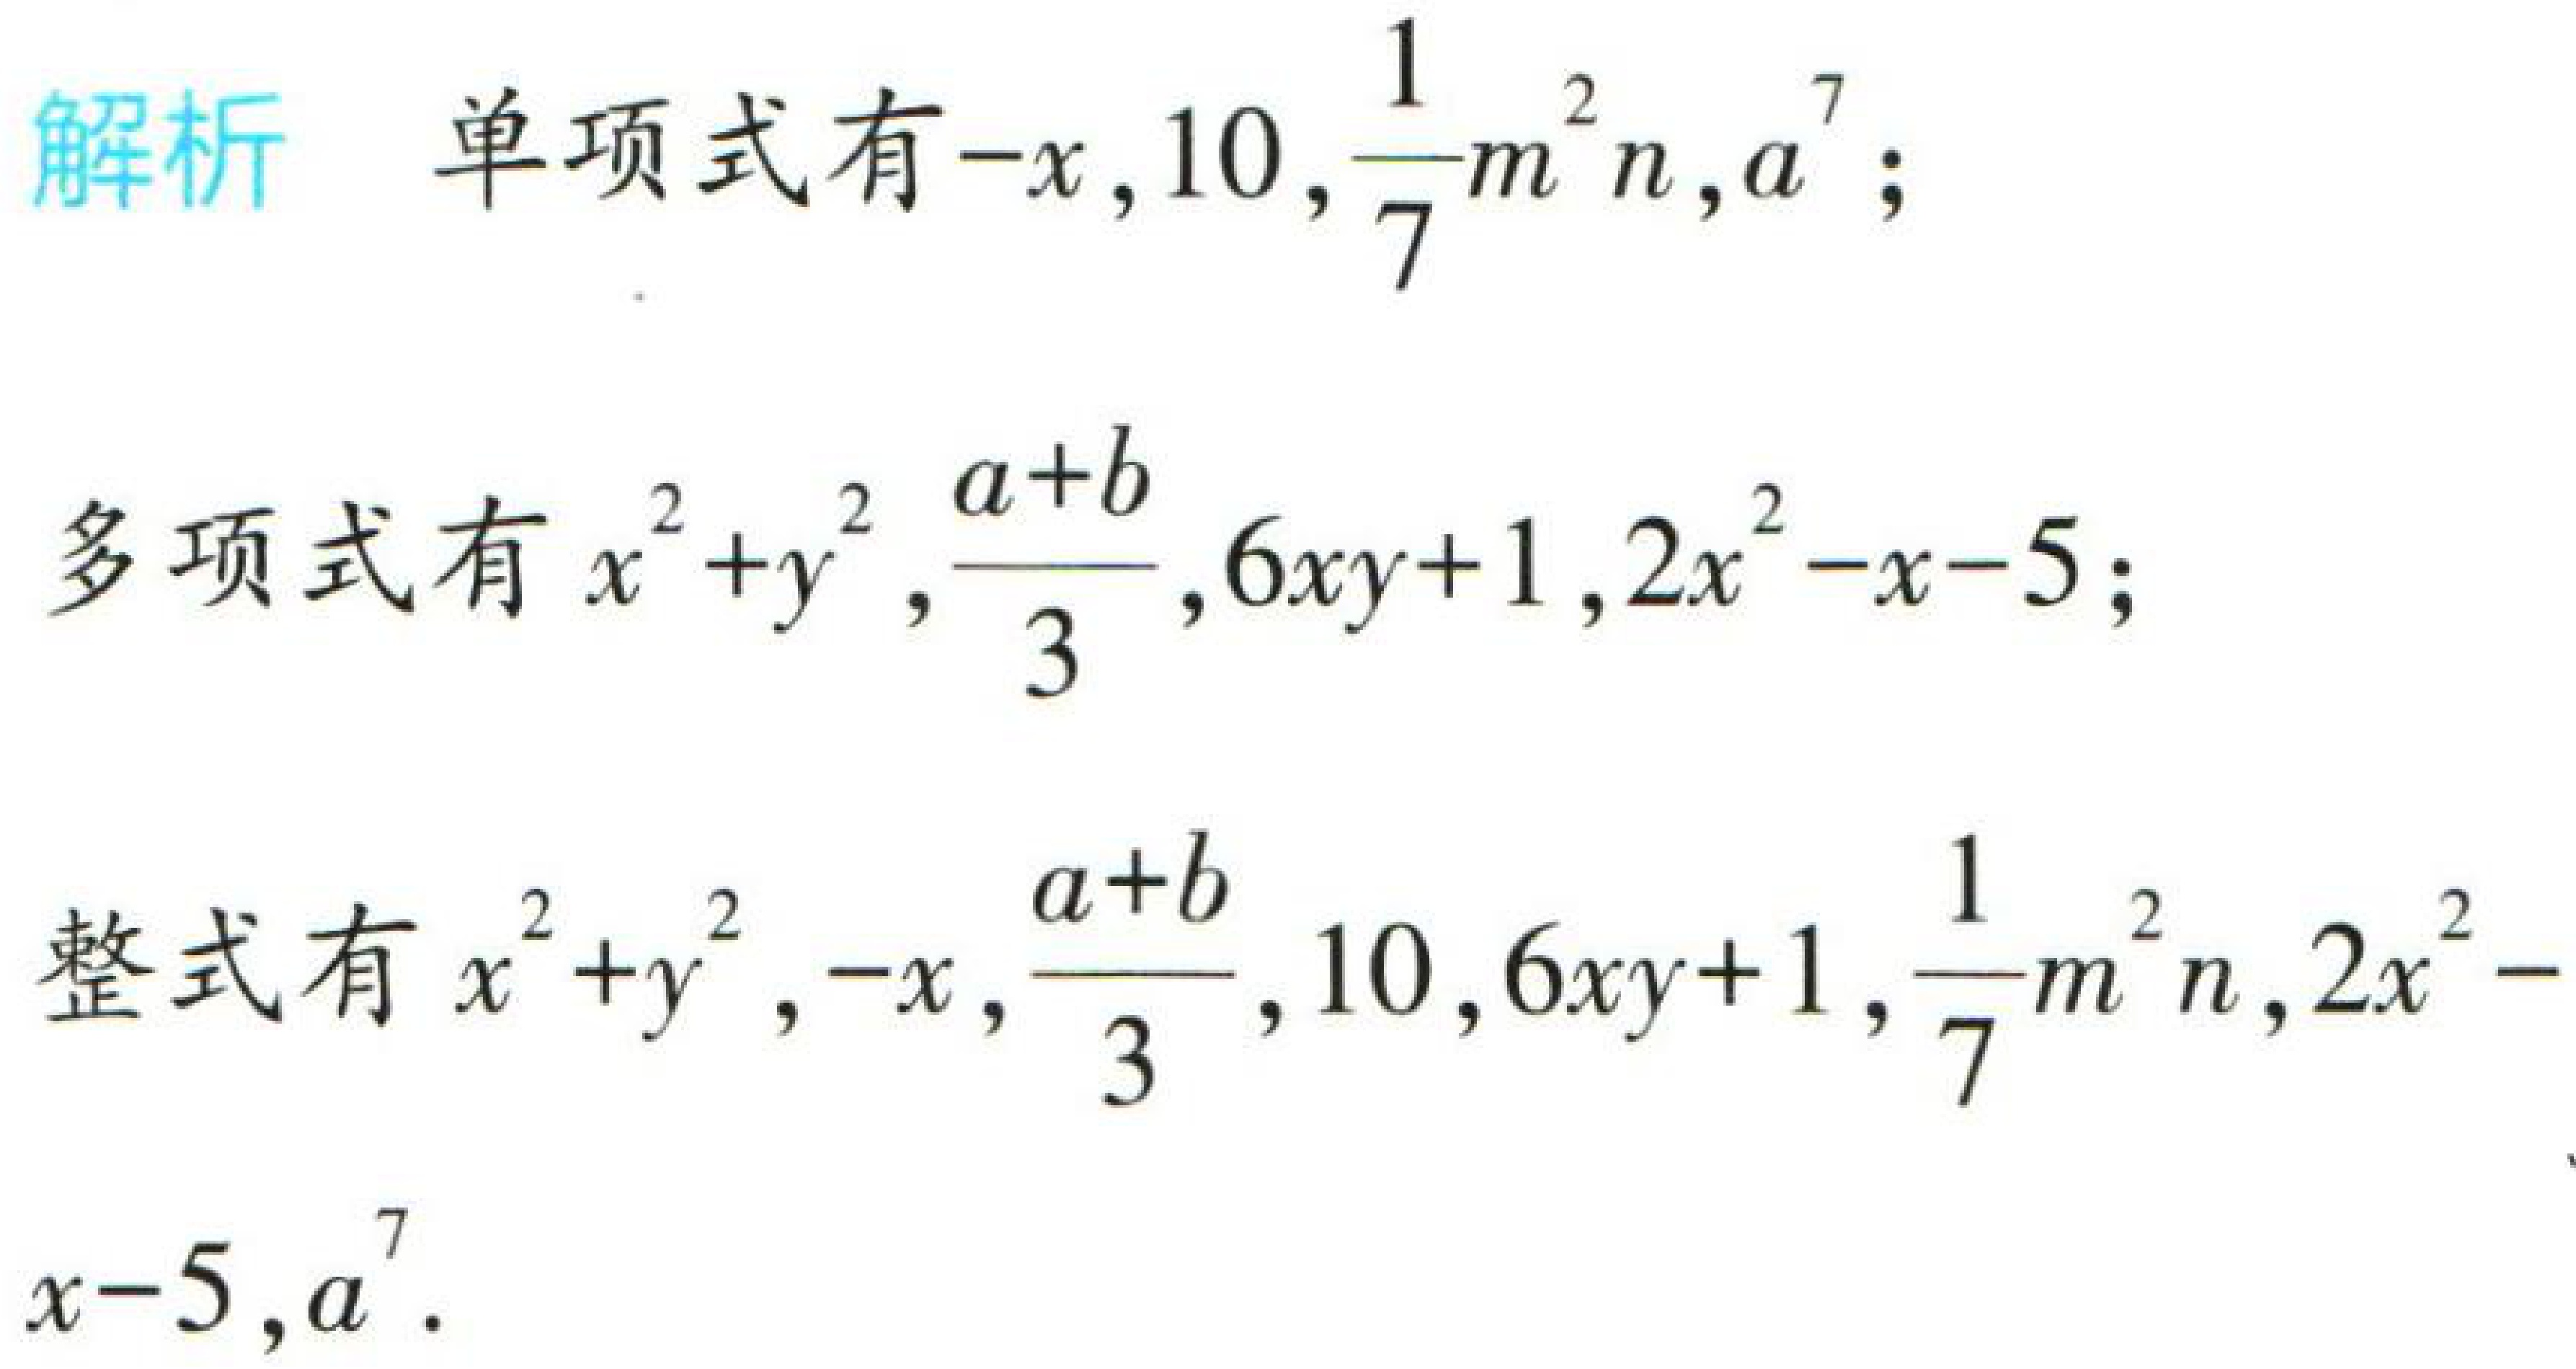
解析 单项式有\(-x,10,\frac{1}{7}m^{2}n,a^{7}\)；

多项式有\(x^{2}+y^{2},\frac{a + b}{3},6xy + 1,2x^{2}-x - 5\)；

整式有\(x^{2}+y^{2},-x,\frac{a + b}{3},10,6xy + 1,\frac{1}{7}m^{2}n,2x^{2}-x - 5,a^{7}\)。